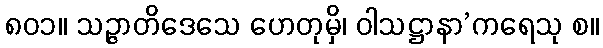
၈၀၁။ သဉ္ဇာတိဒေသေ ဟေတုမှိ၊ ဝါသဋ္ဌာနာ’ကရေသု စ။